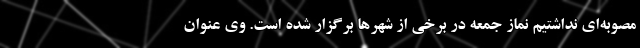
مصوبه‌ای نداشتیم نماز جمعه در برخی از شهرها برگزار شده است. وی عنوان